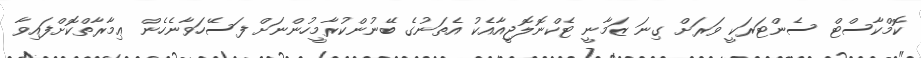
ކޮމްކާސްޓް ސެންޓަރަކީ ވަރަށް ގިނަ ޒަމާނީ ޓެކްނޮލޮޖީއާއެކު އެެތަނުގެ ބޭނުންކުރާމީހުންނަށް ފަސޭހަވާނެހެން ޢިމާރާތްކޮށްފައިވާ